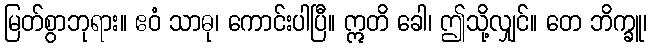
မြတ်စွာဘုရား။ ဧဝံ သာဓု၊ ကောင်းပါပြီ။ ဣတိ ခေါ၊ ဤသို့လျှင်။ တေ ဘိက္ခူ၊